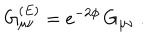
LaTeX: G _ { \mu \nu } ^ { ( E ) } = e ^ { - 2 \phi } \, G _ { \mu \nu } \ .